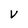
Character: V